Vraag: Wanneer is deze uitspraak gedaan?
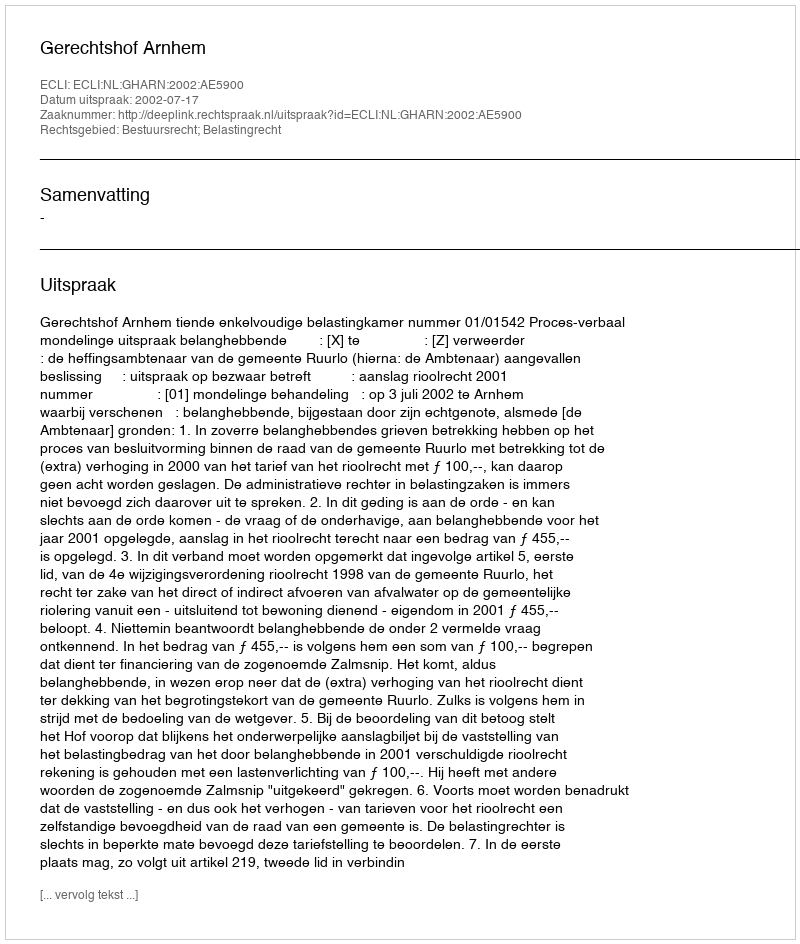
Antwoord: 2002-07-17